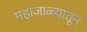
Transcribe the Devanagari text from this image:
महाजाळ्यातून